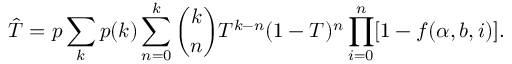
\hat { T } = p \sum _ { k } p ( k ) \sum _ { n = 0 } ^ { k } \binom { k } { n } T ^ { k - n } ( 1 - T ) ^ { n } \prod _ { i = 0 } ^ { n } [ 1 - f ( \alpha , b , i ) ] .